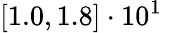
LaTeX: [1.0,1.8]\cdot 10^{1}\phantom{^{-}}